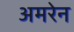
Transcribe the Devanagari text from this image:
अमरेन